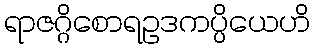
ရာဇဂ္ဂိစောရဥဒကပ္ပိယေဟိ